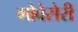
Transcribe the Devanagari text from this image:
गोबेसेरी